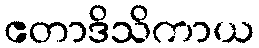
ဧတာဒိသိကာယ